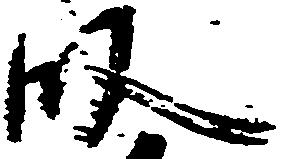
段